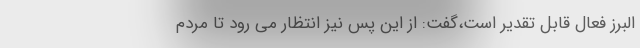
البرز فعال قابل تقدیر است،گفت: از این پس نیز انتظار می رود تا مردم